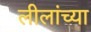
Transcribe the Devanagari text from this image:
लीलांच्या